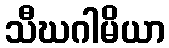
သီဃဂါမိယာ